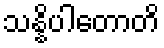
သန္နိပါတောတိ